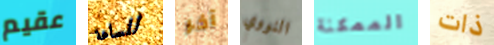
عقيم للساعة آخر النووي الممكنة ذات